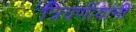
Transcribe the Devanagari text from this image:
त्रिवर्णीयांनी